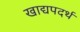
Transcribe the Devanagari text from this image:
खाद्यपदर्थ